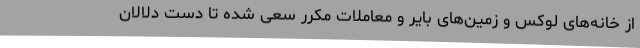
از خانه‌های لوکس و زمین‌های بایر و معاملات مکرر سعی شده تا دست دلالان